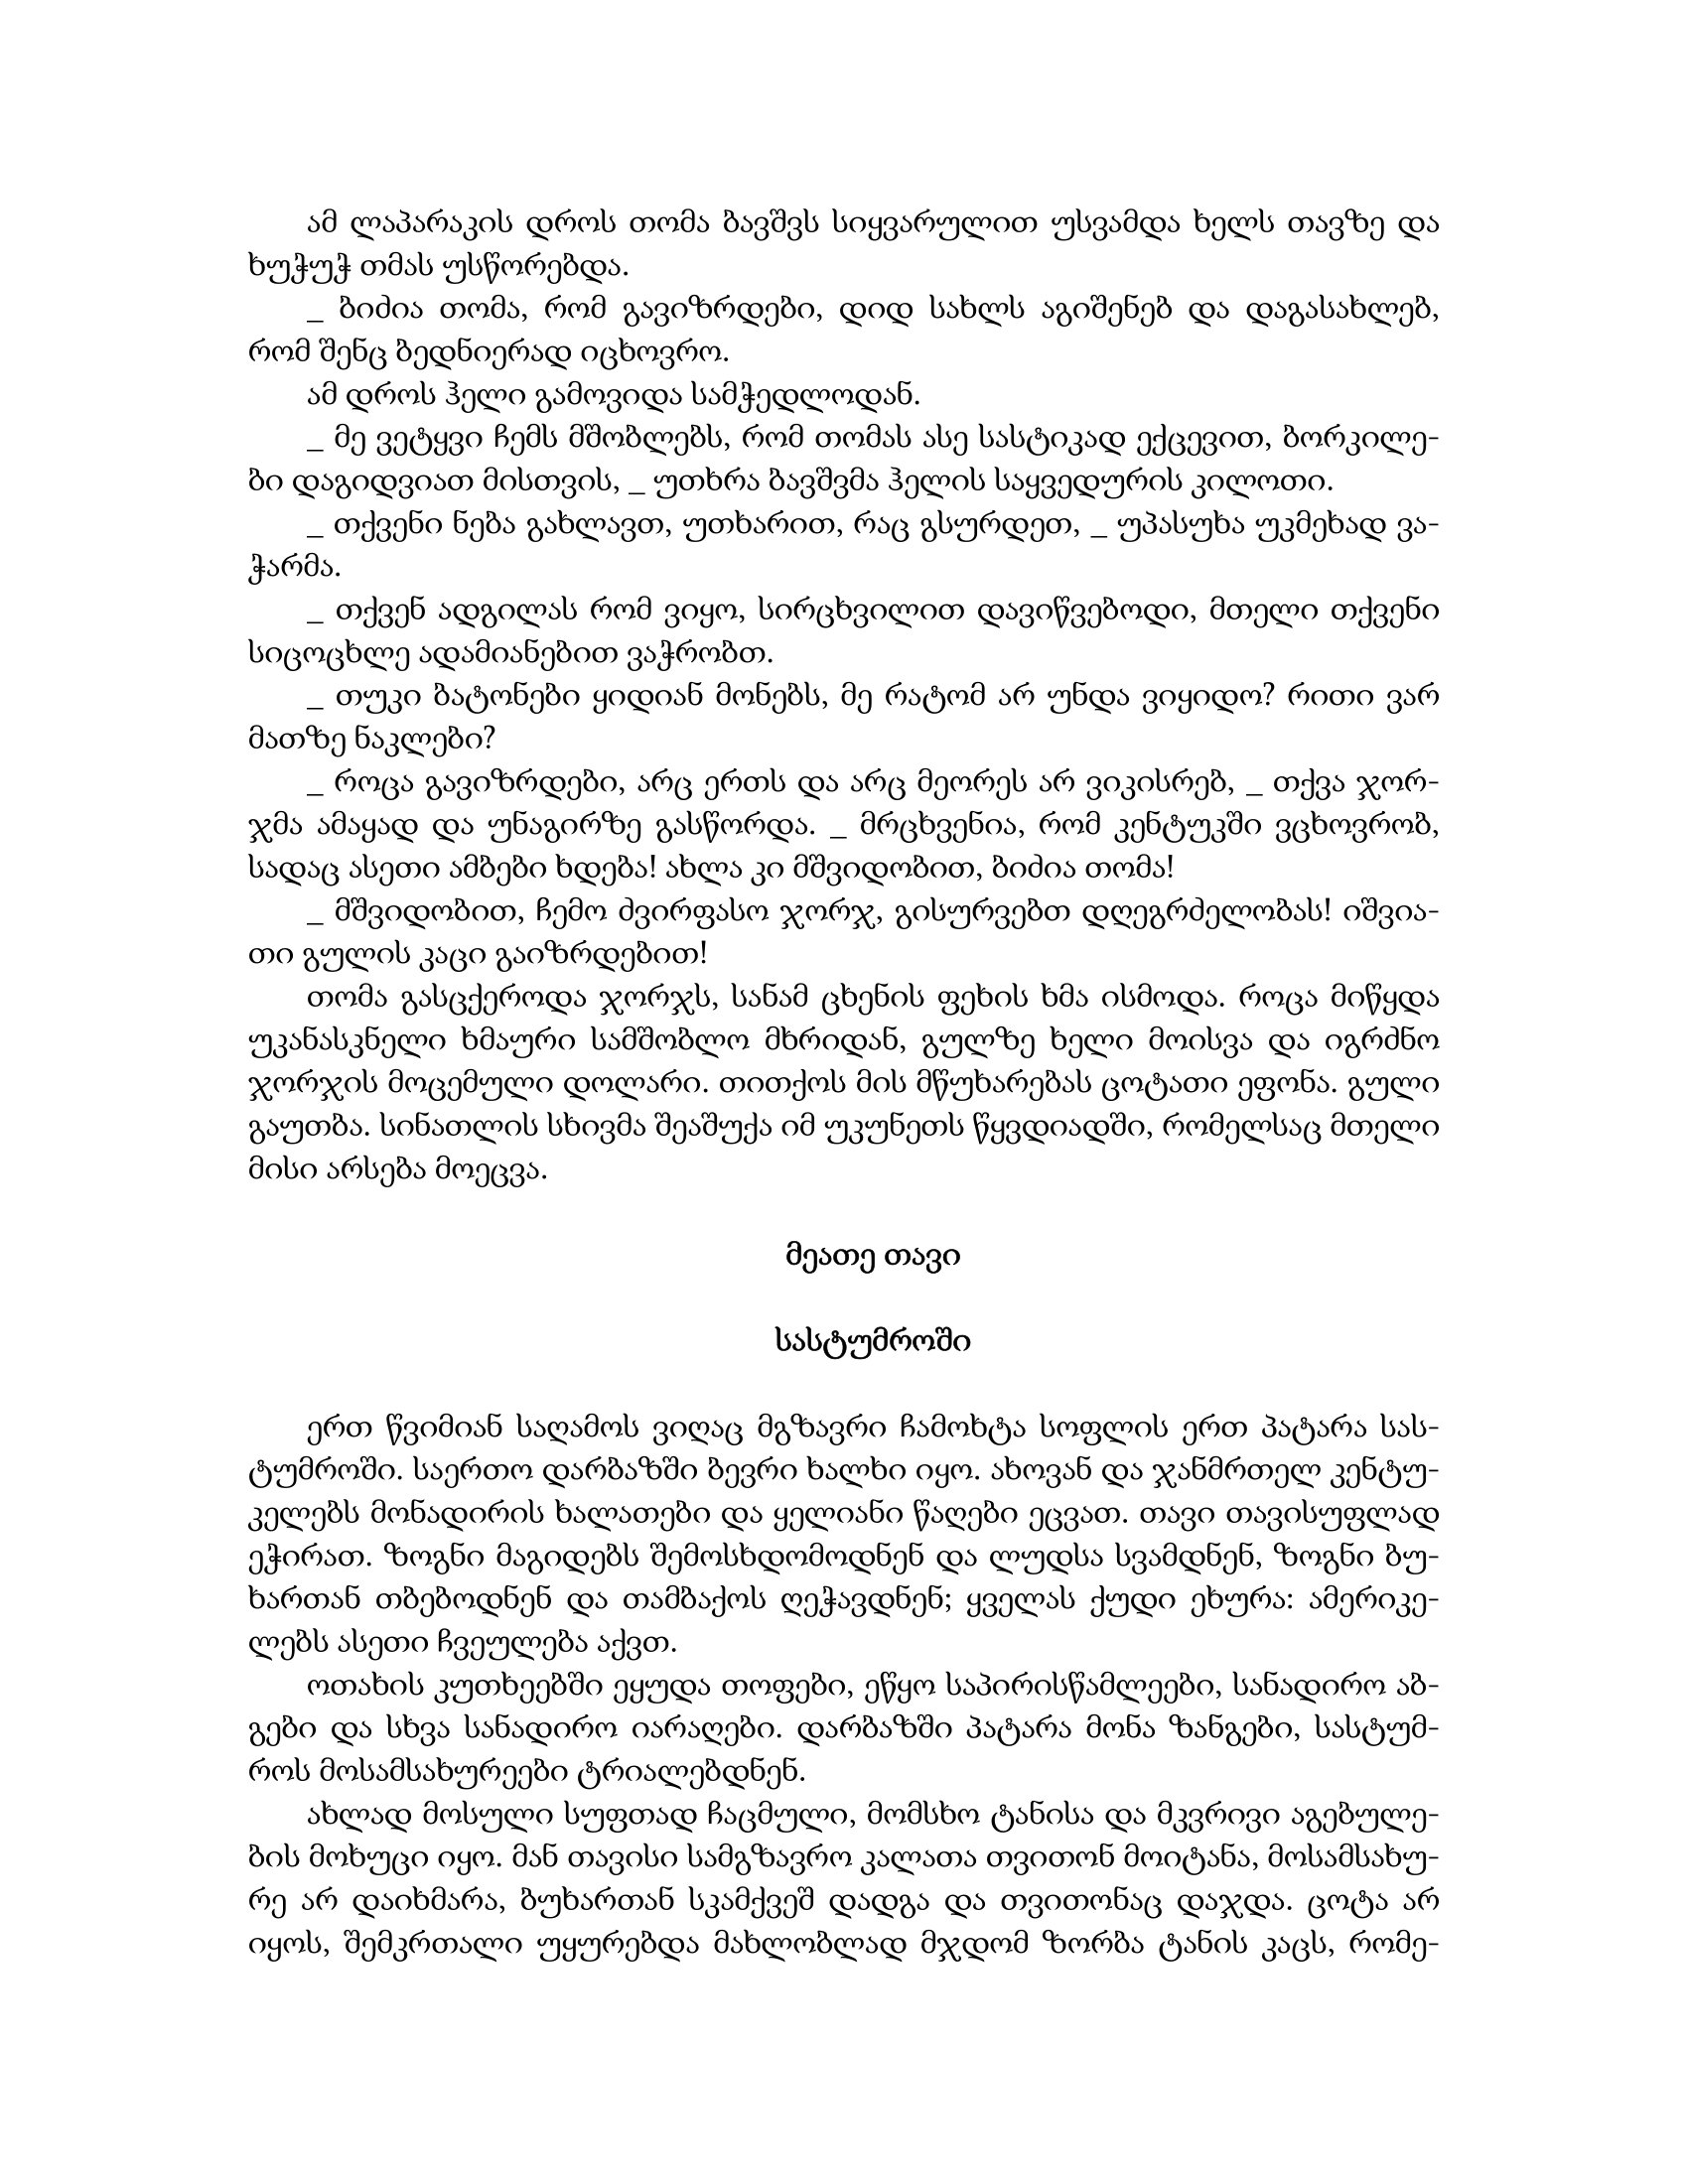
Language: gr